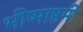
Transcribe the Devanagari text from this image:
भीष्माष्टमी